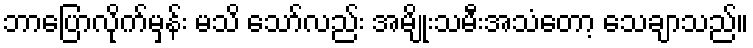
ဘာပြောလိုက်မှန်း မသိ သော်လည်း အမျိုးသမီးအသံတော့ သေချာသည်။